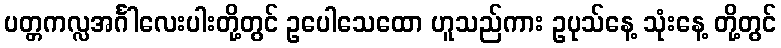
ပတ္တကလ္လအင်္ဂါလေးပါးတို့တွင် ဥပေါသေထော ဟူသည်ကား ဥပုသ်နေ့ သုံးနေ့ တို့တွင်